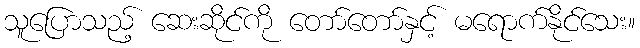
သူပြောသည့် ဆေးဆိုင်ကို တော်တော်နှင့် မရောက်နိုင်သေး။